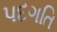
પદગતિ